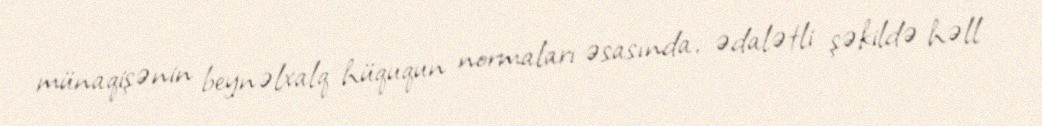
münaqişənin beynəlxalq hüququn normaları əsasında, ədalətli şəkildə həll